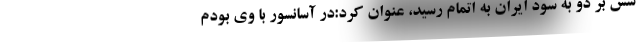
شش بر دو به سود ایران به اتمام رسید، عنوان کرد:در آسانسور با وی بودم